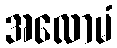
အလောမံ